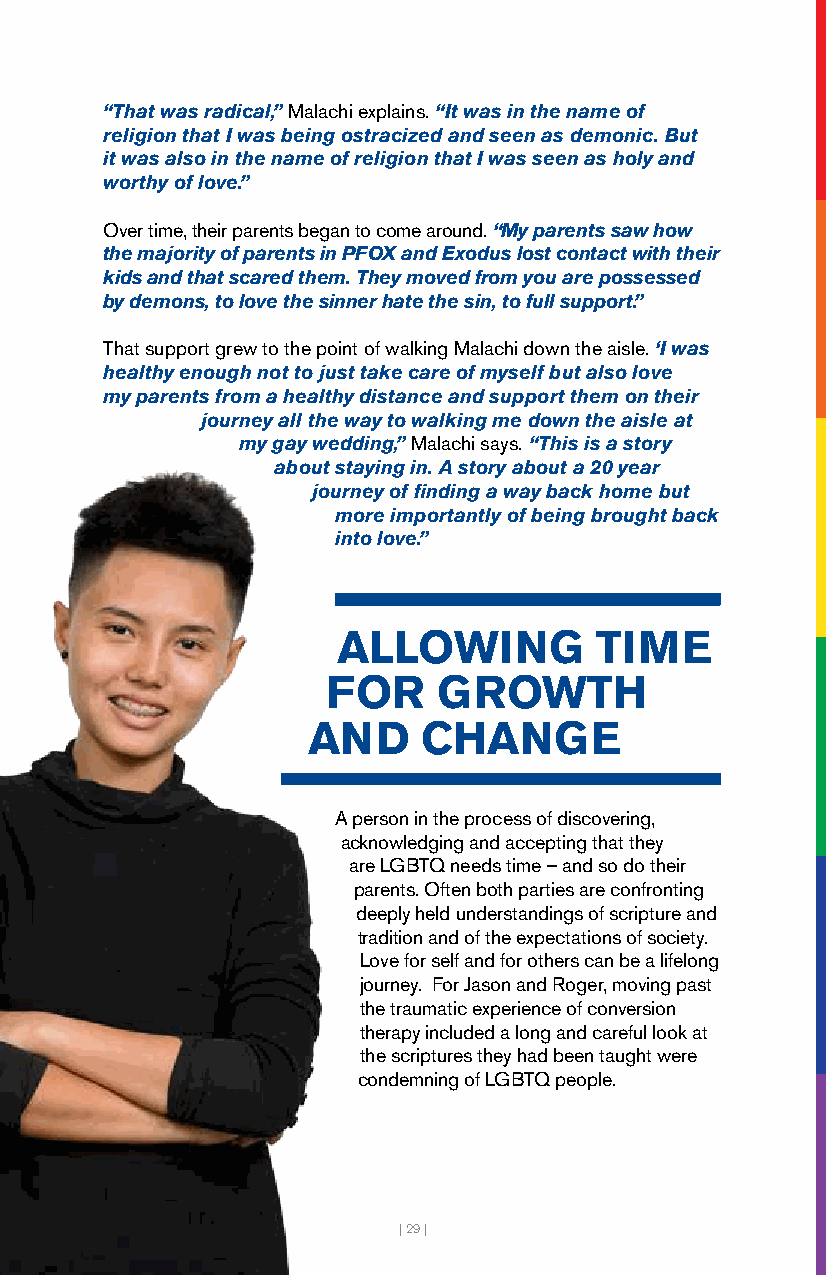
“That was radical,” Malachi explains. “It was in the name of
 religion that I was being ostracized and seen as demonic. But
 it was also in the name of religion that I was seen as holy and
 worthy of love.”
 Over time, their parents began to come around. “My parents saw how
 the majority of parents in PFOX and Exodus lost contact with their
 kids and that scared them. They moved from you are possessed
 by demons, to love the sinner hate the sin, to full support.”
 That support grew to the point of walking Malachi down the aisle. ‘I was
 healthy enough not to just take care of myself but also love
 my parents from a healthy distance and support them on their
 journey all the way to walking me down the aisle at
 my gay wedding,” Malachi says. “This is a story
 about staying in. A story about a 20 year
 journey of finding a way back home but
 more importantly of being brought back
 into love.”
 ALLOWING         TIME
 FOR    GROWTH
 AND     CHANGE
 A person in the process of discovering,
 acknowledging and accepting that they
 are LGBTQ needs time – and so do their
 parents. Often both parties are confronting
 deeply held understandings of scripture and
 tradition and of the expectations of society.
 Love for self and for others can be a lifelong
 journey. For Jason and Roger, moving past
 the traumatic experience of conversion
 therapy included a long and careful look at
 the scriptures they had been taught were
 condemning of LGBTQ people.
 | 29 |